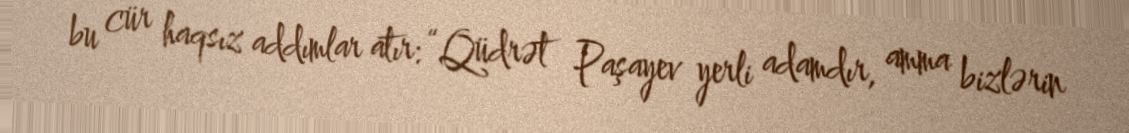
bu cür haqsız addımlar atır: “Qüdrət Paşayev yerli adamdır, amma bizlərin